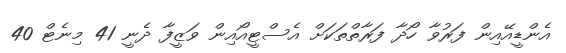
އެންޑީއޭއިން ފަރުވާ ހޯދާ ފަރާތްތަކަށް އެސްޓީއޯއިން ވަޒީފާ ދެނީ 41 މިނެޓް 40